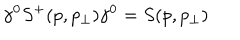
\gamma ^ { 0 } S ^ { + } ( p , p _ { \perp } ) \gamma ^ { 0 } = S ( p , p _ { \perp } )